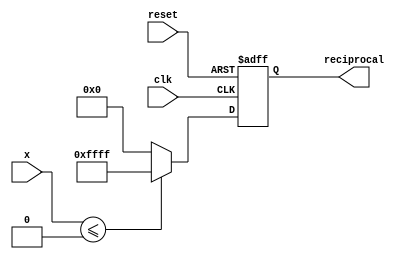
module polynomial_reciprocal (
    input wire [15:0] x,          // Input value (fixed-point, range [0, 1])
    output reg [15:0] reciprocal,  // Output reciprocal (fixed-point)
    input wire clk,                // Clock signal
    input wire reset               // Reset signal
);

    // Polynomial coefficients for approximation (example coefficients)
    parameter C0 = 16'hFFFF; // Example coefficient for R(x) = 1
    parameter C1 = 16'h0000; // Example coefficient for x
    parameter C2 = 16'h0000; // Example coefficient for x^2
    parameter C3 = 16'h0000; // Example coefficient for x^3
    parameter MAX_ITER = 3;   // Maximum iterations for Newton-Raphson
    parameter ERROR_VALUE = 16'hFFFF; // Error value for invalid input

    reg [15:0] approx;         // Polynomial approximation
    reg [15:0] temp;           // Temporary variable for calculations
    reg [15:0] x_inv;          // Inverse of x for Newton-Raphson
    integer i;                 // Loop counter

    always @(posedge clk or posedge reset) begin
        if (reset) begin
            reciprocal <= 16'h0000; // Reset output
        end else begin
            // Range check for x
            if (x <= 16'h0000) begin
                reciprocal <= ERROR_VALUE; // Set error value if x <= 0
            end else begin
                // Polynomial Approximation using Horner's method
                approx = C0; // Start with C0
                temp = x;   // Use x for evaluation

                // Evaluate polynomial R(x) = C0 + C1*x + C2*x^2 + C3*x^3
                approx = approx + (C1 * temp) >> 16; // Shift right to handle fixed-point
                temp = (temp * x) >> 16; // x^2
                approx = approx + (C2 * temp) >> 16;
                temp = (temp * x) >> 16; // x^3
                approx = approx + (C3 * temp) >> 16;

                // Newton-Raphson Iterative Refinement
                x_inv = approx; // Initial guess for 1/x
                for (i = 0; i < MAX_ITER; i = i + 1) begin
                    x_inv = x_inv * (2'h1 - (x * x_inv >> 16)); // x_inv = x_inv * (1 - x * x_inv)
                end

                reciprocal <= x_inv; // Final result
            end
        end
    end
endmodule